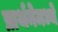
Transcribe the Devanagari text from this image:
प्रार्थनेमध्ये